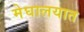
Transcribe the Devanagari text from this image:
मेघालयात